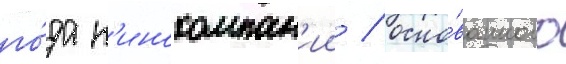
го́да к'инокомпан'ии / осно́ванного